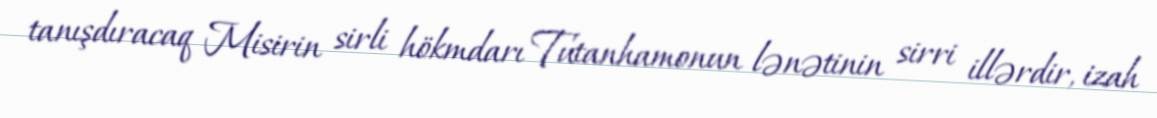
tanışdıracaq Misirin sirli hökmdarı Tutanhamonun lənətinin sirri illərdir, izah